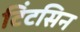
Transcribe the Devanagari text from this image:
टिंटसिन